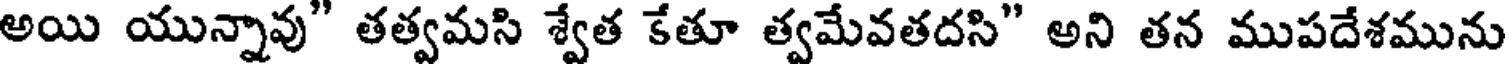
అయి యున్నావు" తత్వమసి శ్వేత కేతూ త్వమేవతదసి" అని తన ముపదేశమును